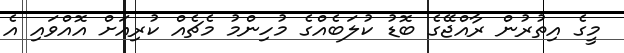
މީގެ އިތުރުން ރާއްޖޭގެ ބޮޑު ކުލަބެއްގެ މުހިންމު މެޗެއް ކުރިއަށް އޮއްވައި އެ